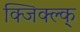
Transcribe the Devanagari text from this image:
क्जिक्ल्क्